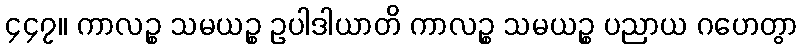
၄၄၇။ ကာလဉ္စ သမယဉ္စ ဥပါဒါယာတိ ကာလဉ္စ သမယဉ္စ ပညာယ ဂဟေတွာ